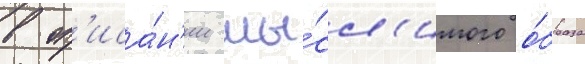
в оп'иса́н'ии мы́сл'имого о́браза